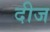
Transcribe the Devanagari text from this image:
दीज